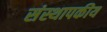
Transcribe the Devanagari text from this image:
संस्थापकीय